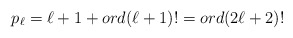
\begin{align*}p_\ell=\ell+1 + ord (\ell+1)!=ord(2\ell+2)!\end{align*}